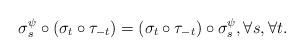
LaTeX: \begin{align*}\sigma^{\psi}_s\circ(\sigma_t\circ\tau_{-t})=(\sigma_t\circ\tau_{-t})\circ\sigma^{\psi}_s,\forall s,\forall t.\end{align*}